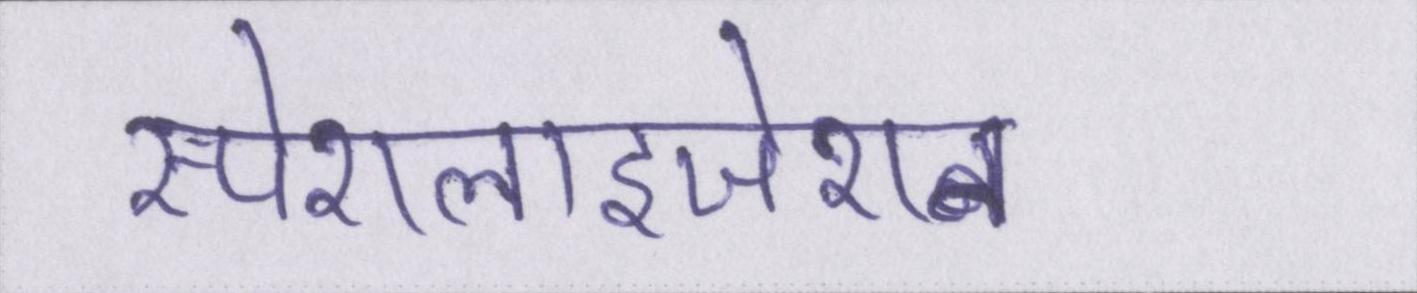
स्पेशलाइजेशन